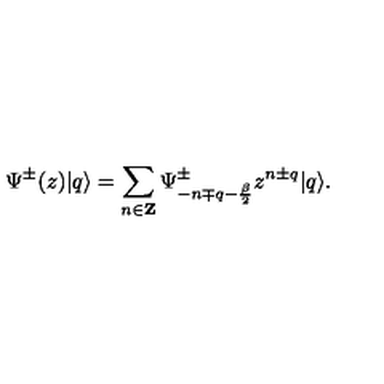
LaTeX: \Psi ^ { \pm } ( z ) | q \rangle = \sum _ { n \in { \bf Z } } \Psi _ { - n \mp q - { \frac { \beta } { 2 } } } ^ { \pm } z ^ { n \pm q } | q \rangle .